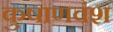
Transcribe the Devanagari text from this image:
कुषाणवंश